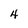
Character: 4